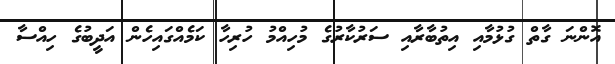
އޮންނަ ގާތް ގުޅުމާއި އިތުބާރާއި ސަރުކާރުގެ މުހިއްމު ހުރިހާ ކަމެއްގައިހެން އަދީބުގެ ހިއްސާ